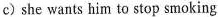
c) she wants him to stop smoking